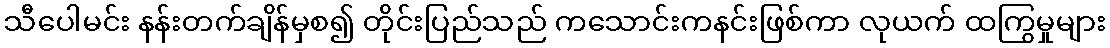
သီပေါမင်း နန်းတက်ချိန်မှစ၍ တိုင်းပြည်သည် ကသောင်းကနင်းဖြစ်ကာ လုယက် ထကြွမှုများ